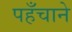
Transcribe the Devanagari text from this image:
पहँचाने